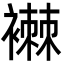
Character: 襋